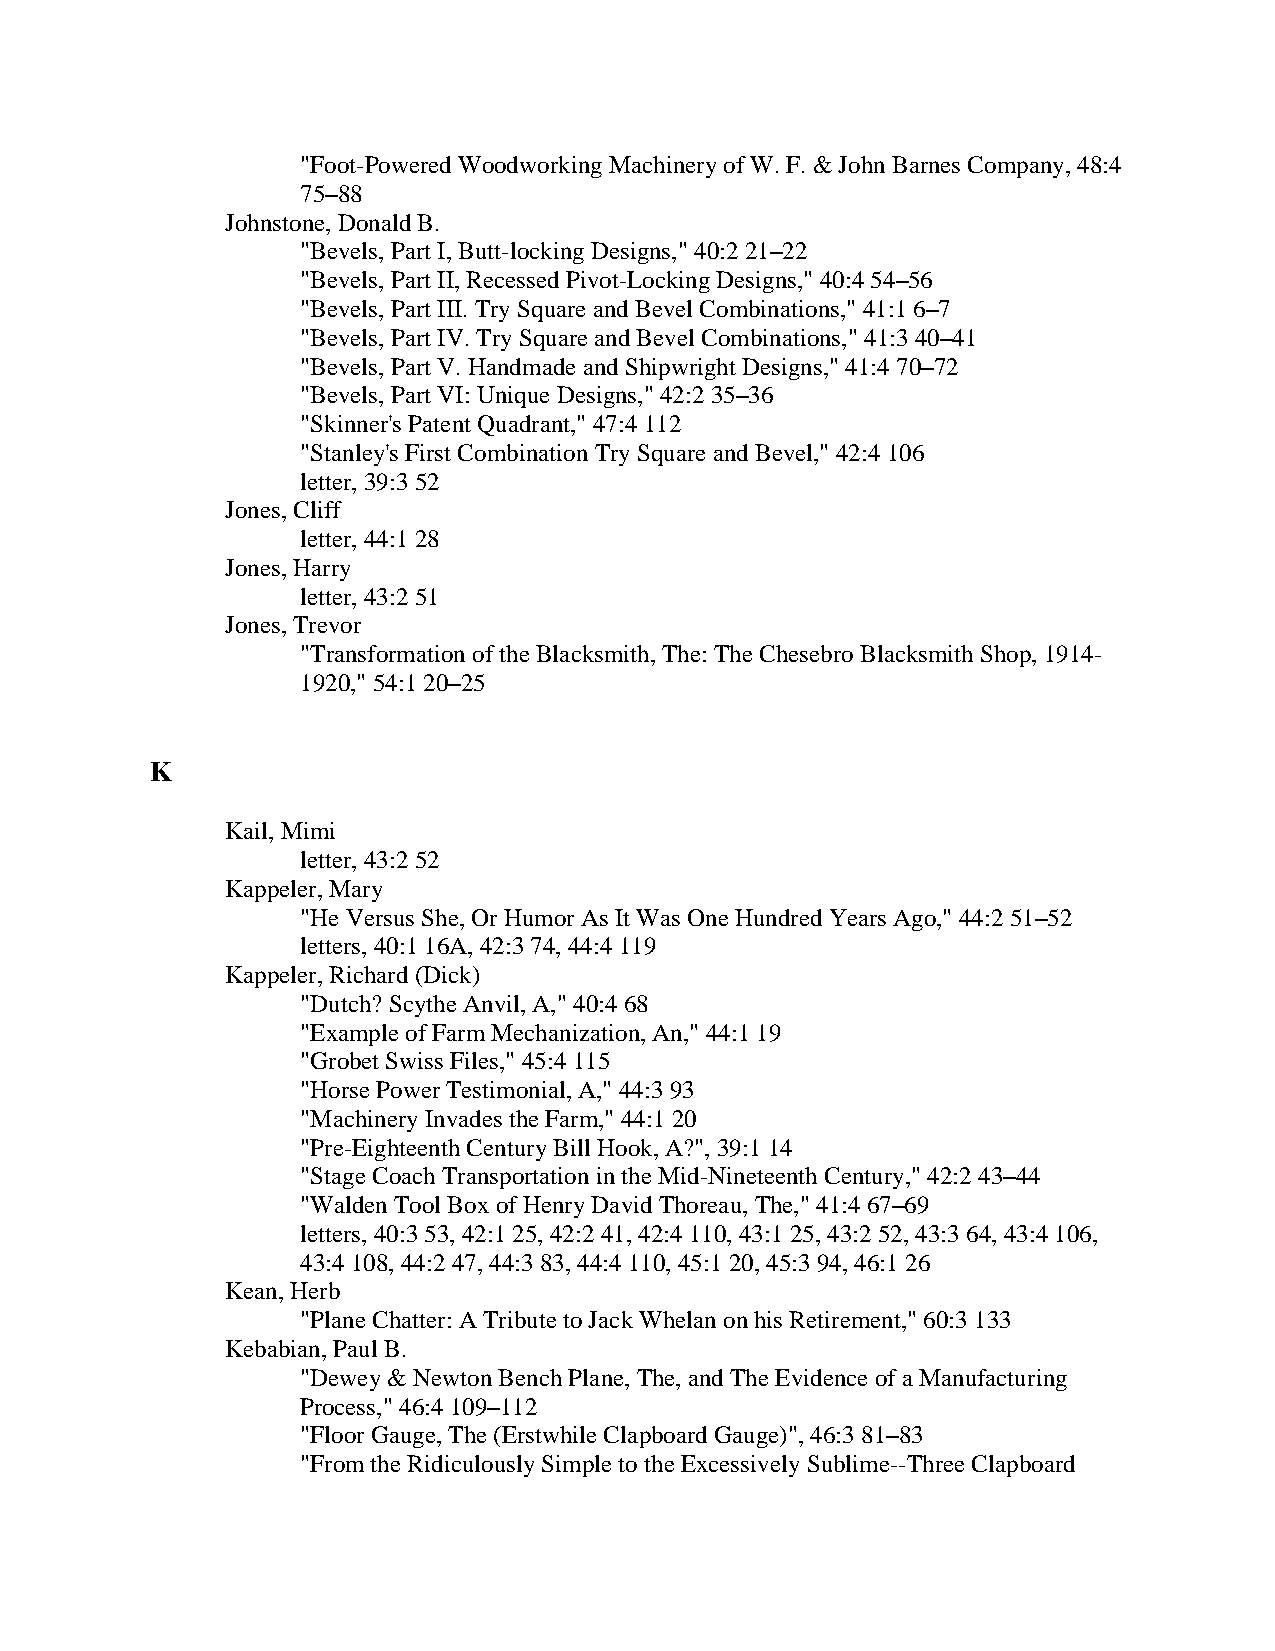
"Foot-Powered Woodworking Machinery of W. F. & John Barnes Company, 48:4
 75–88
 Johnstone, Donald B.
 "Bevels, Part I, Butt-locking Designs," 40:2 21–22
 "Bevels, Part II, Recessed Pivot-Locking Designs," 40:4 54–56
 "Bevels, Part III. Try Square and Bevel Combinations," 41:1 6–7
 "Bevels, Part IV. Try Square and Bevel Combinations," 41:3 40–41
 "Bevels, Part V. Handmade and Shipwright Designs," 41:4 70–72
 "Bevels, Part VI: Unique Designs," 42:2 35–36
 "Skinner's Patent Quadrant," 47:4 112
 "Stanley's First Combination Try Square and Bevel," 42:4 106
 letter, 39:3 52
 Jones, Cliff
 letter, 44:1 28
 Jones, Harry
 letter, 43:2 51
 Jones, Trevor
 "Transformation of the Blacksmith, The: The Chesebro Blacksmith Shop, 1914-
 1920," 54:1 20–25
 K
 Kail, Mimi
 letter, 43:2 52
 Kappeler, Mary
 "He Versus She, Or Humor As It Was One Hundred Years Ago," 44:2 51–52
 letters, 40:1 16A, 42:3 74, 44:4 119
 Kappeler, Richard (Dick)
 "Dutch? Scythe Anvil, A," 40:4 68
 "Example of Farm Mechanization, An," 44:1 19
 "Grobet Swiss Files," 45:4 115
 "Horse Power Testimonial, A," 44:3 93
 "Machinery Invades the Farm," 44:1 20
 "Pre-Eighteenth Century Bill Hook, A?", 39:1 14
 "Stage Coach Transportation in the Mid-Nineteenth Century," 42:2 43–44
 "Walden Tool Box of Henry David Thoreau, The," 41:4 67–69
 letters, 40:3 53, 42:1 25, 42:2 41, 42:4 110, 43:1 25, 43:2 52, 43:3 64, 43:4 106,
 43:4 108, 44:2 47, 44:3 83, 44:4 110, 45:1 20, 45:3 94, 46:1 26
 Kean, Herb
 "Plane Chatter: A Tribute to Jack Whelan on his Retirement," 60:3 133
 Kebabian, Paul B.
 "Dewey & Newton Bench Plane, The, and The Evidence of a Manufacturing
 Process," 46:4 109–112
 "Floor Gauge, The (Erstwhile Clapboard Gauge)", 46:3 81–83
 "From the Ridiculously Simple to the Excessively Sublime--Three Clapboard